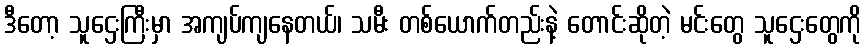
ဒီတော့ သူဌေးကြီးမှာ အကျပ်ကျနေတယ်၊ သမီး တစ်ယောက်တည်းနဲ့ တောင်းဆိုတဲ့ မင်းတွေ သူဌေးတွေကို